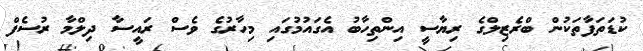
ކުޑަތަފާތަކުން ބްރެޒިލްގެ ރިޔާސީ އިންތިހާބު އެގައުމުގައި މިހާރުގެ ވެސް ރައީސާ ދިލްމާ ރުސެފް